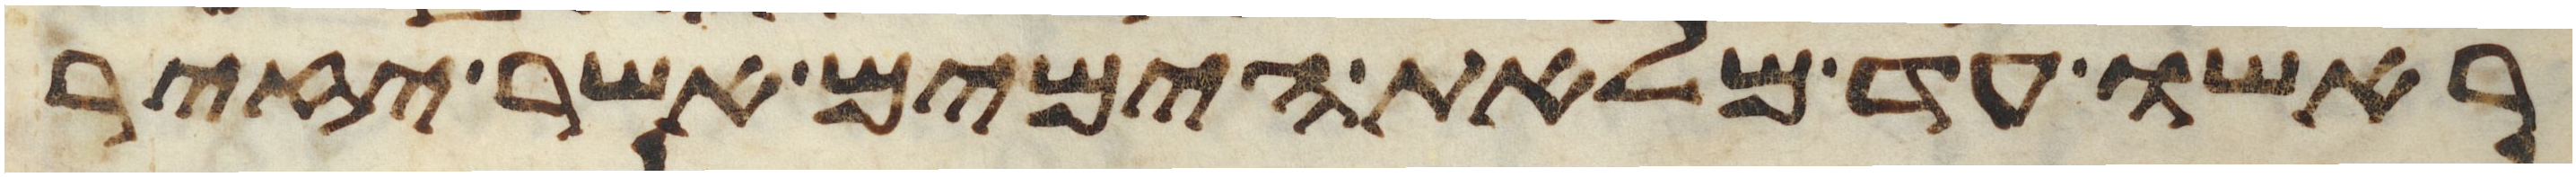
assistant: ראשו עד מלאת הימים אשר יזיר